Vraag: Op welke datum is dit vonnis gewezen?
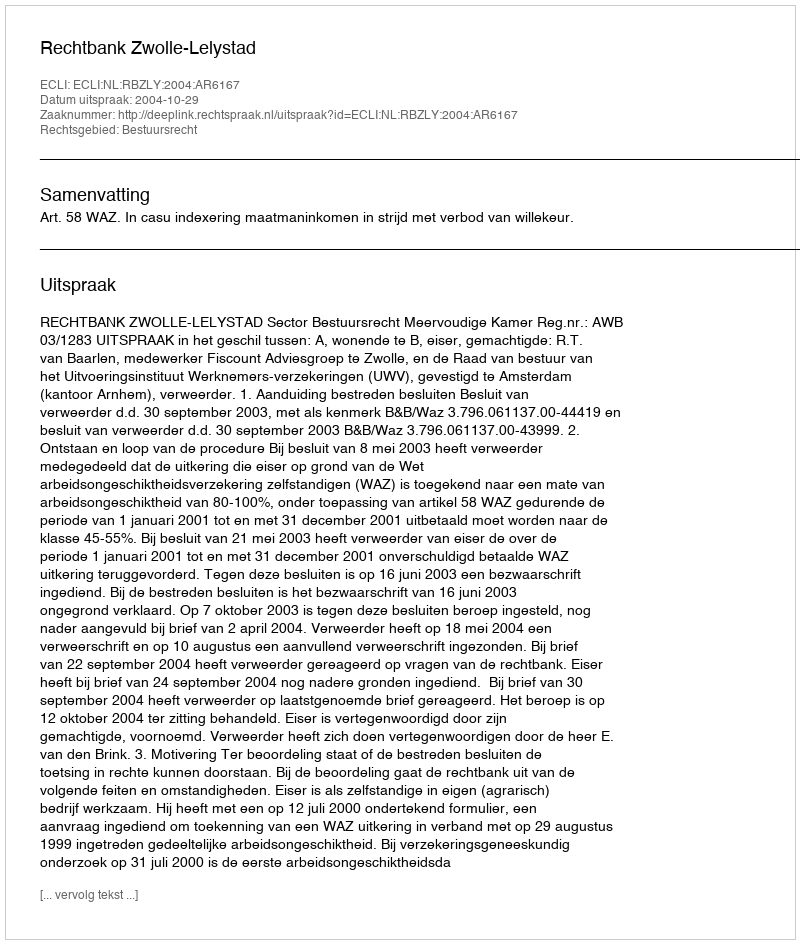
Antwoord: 2004-10-29